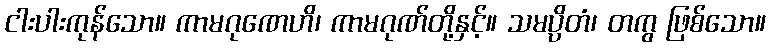
ငါးပါးကုန်သော။ ကာမဂုဏေဟိ၊ ကာမဂုဏ်တို့နှင့်။ သမပ္ပိတံ၊ တကွ ဖြစ်သော။